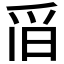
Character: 𱬹